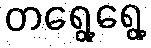
တရွေ့ရွေ့